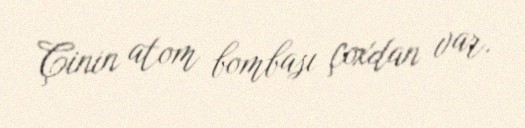
Çinin atom bombası çoxdan var.